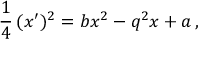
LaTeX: \frac { 1 } { 4 } \, ( x ^ { \prime } ) ^ { 2 } = b x ^ { 2 } - q ^ { 2 } x + a \, ,